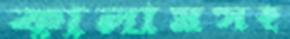
কালামসহ